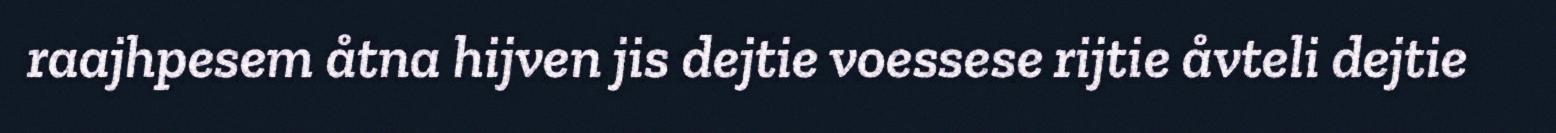
raajhpesem åtna hijven jis dejtie voessese rijtie åvteli dejtie